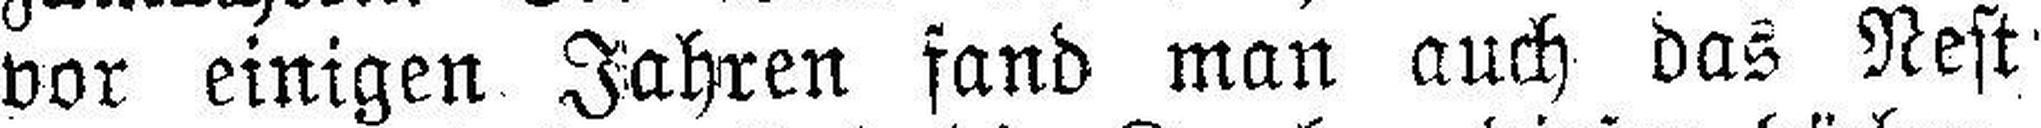
vor einigen Jahren fand man auch das Nest